Veterinary [1909] -
Year: 1909
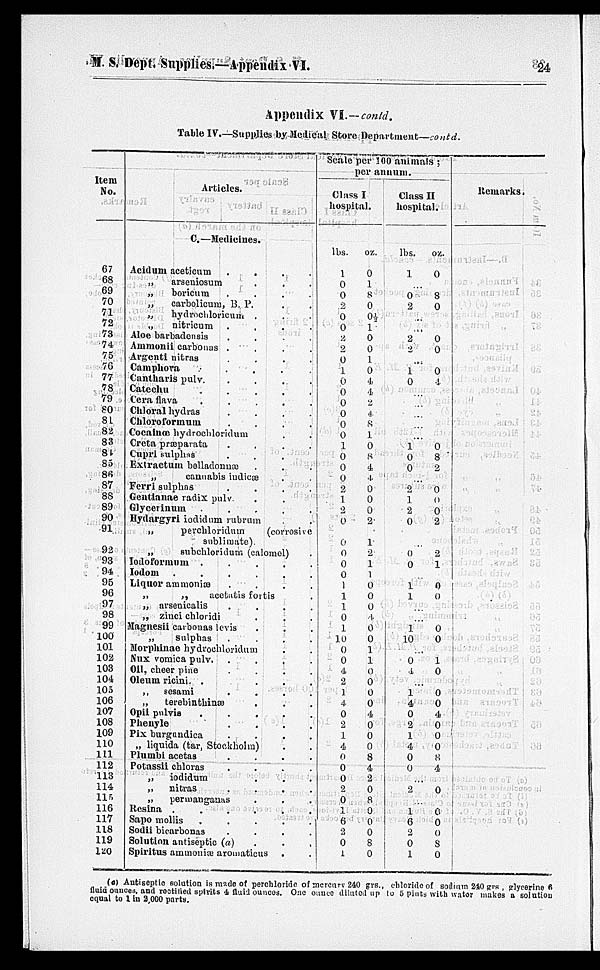
M. S. Dept. Supplies.—Appendix VI.
24
Appendix VI.—contd.
Table IV.—Supplies by Medical Store Department—contd.
Item
No.
67
68
69
70
71
72
73
74
75
76
77
78
79
80
81
82
83
84
85
86
87
88
89
90
91
92
93
94
95
96
97
98
99
100
101
102
103
104
105
106
107
108
109
110
111
112
113
114
115
116
117
118
119
120
Articles.
C.—Medicines.
Acid urn aceticum
.
.
.
.
„
arseniosum . . .
„
boricum . . . .
„
carbolicum, B. P. . .
„
hydrochloricum . . .
„
nitricum . . . .
Aloe barbadensis . . . .
Ammonii carbonas .
.
.
.
Argenti nitras . . . .
Camphora . . . .
Cantharis pulv. . . . .
Catechu . . . . .
Cera flava . . . .
Chloral hydras
.
.
.
.
Chleroformum . . . .
Cocainœ
hydrochloridum
.
.
Creta præparata
.
.
.
.
Cupri sulplas
.
.
.
Extraetum belladonnæ . . .
„
cannabis
indieæ
.
.
Ferri sulphas
.
.
.
.
Gentianae radix pulv. . .
Glycerinum
.
.
.
.
Hydargyri iodidum
rubrum
.
.
„
perchloridum
(corrosive
sublimate).
„
subchloridum
(calomel) .
Iodoformum
.
.
.
.
.
Iodom
.
.
.
.
.
Liquor ammoniæ .
.
.
.
„
„
acetatis fortis .
„ avsenicalis
.
.
.
.
„ zinci chloridi . . .
Magnesii carbonas levis . . .
„
sulphas
.
.
.
.
Morphinae hydrochloridum . .
Nux vomica pulv.
.
.
.
.
Oil. cheer pine . . . .
Oleum ricini. .
.
.
.
„
sesami
.
.
.
.
„
terebinthinæ
Opii palvia
.
.
.
.
Phenyle
.
.
.
.
Pix burgundica
.
.
.
.
„ liquida (tar, Stockholm)
Piumbi acetas
.
.
.
.
Potassii chloras
.
.
.
.
„ iodidum . . .
„
nitras
.
.
.
.
„
permanganas . . .
Resina
.
.
.
.
.
.
Sapo mollis
.
.
.
.
.
.
Sodii bicarbonas
.
.
.
.
Solution antiseptic (a)
.
.
.
Spiritus ammoniæ aromaticus . .
Scale per 100 animals ;
Class I
hospital.
lbs.
1
0
0
2
0
0
2
2
0
1
0
0
0
0
0
0
1
0
0
0
2
1
2
0
0
0
0
0
1
1
1
0
1
10
0
0
4
2
1
4
0
2
1
4
0 0
0
2
0
1
6
2
0
1
oz.
0
1
8
0
0½
1
0
0
1
0
4
4
2
4
8
1
0
8
4
4
0
0
0
2
1
2
1
1
0
0
0
4
0
0 1
1
0
0
0
0
4
0
0
0
8
4
2
0
8
0
0
0
8
0
Class II
hospital.
lbs.
1
...
0
2
..
...
2
2
...
1
0
...
...
...
...
...
1
0
0
...
2
1
2
0
0
0
1
I
...
...
1
10
...
0
4
... 1
4
0
2
1
4
0
0
...
2
...
1
6
2
0
1
oz.
0
...
8
0
0
0
0
4
0
8
2
0
0
0
2
2
1
0
0
0
0
1
0
0
0
4
0
0
0
8
4
0
0
0
0
8
0
Remarks.
(a) Antiseptic solution is made of perchloride of mercury 240 grs., chloride of sodium 240 grs , glyeerine 6
fluid ounces, and rectified spirits 4 fluid ounces. One ounce dilated up to 5 pints with water makes a solution
equal to 1 in 2,000 parts.